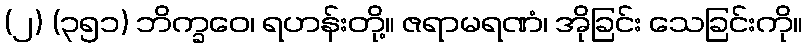
(၂) (၃၅၁) ဘိက္ခဝေ၊ ရဟန်းတို့။ ဇရာမရဏံ၊ အိုခြင်း သေခြင်းကို။